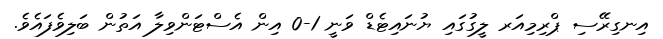
އިނގިރޭސި ޕްރިމިއަރ ލީގުގައި ޔުނައިޓެޑް ވަނީ 1-0 އިން އެސްޓަންވިލާ އަތުން ބަލިވެފައެވެ.